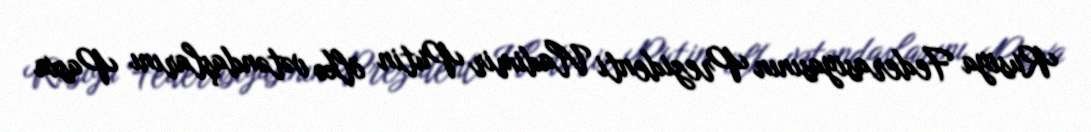
Rusiya Federasiyasının Prezidenti Vladimir Putin ölkə vətəndaşlarını Pasxa